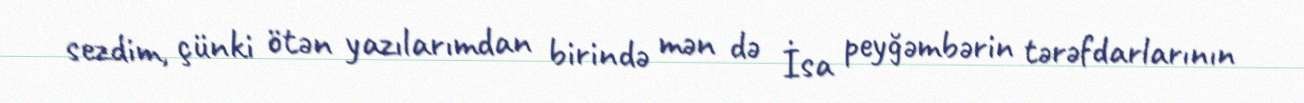
sezdim, çünki ötən yazılarımdan birində mən də İsa peyğəmbərin tərəfdarlarının